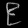
Digit: ၉